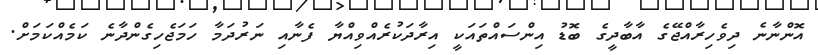
އޮންނާނެ ދިވެހިރާއްޖޭގެ އާބާދީގެ ބޮޑު އިންސައްތައަކީ އިރާދަކުރެއްވިއްޔާ ފެނާއި ނަރުދަމާ ހަމަޖެހިގެންދާނެ ކަމެއްކަމަށް.